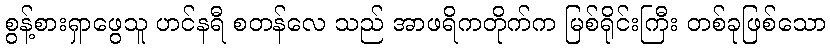
စွန့်စားရှာဖွေသူ ဟင်နရီ စတန်လေ သည် အာဖရိကတိုက်က မြစ်ရိုင်းကြီး တစ်ခုဖြစ်သော